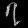
Digit: ၇